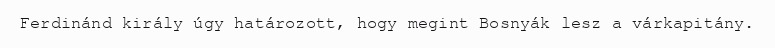
Ferdinánd király úgy határozott, hogy megint Bosnyák lesz a várkapitány.